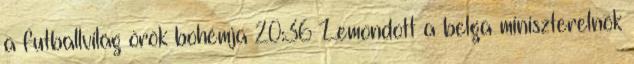
a futballvilág örök bohémja 20:36 Lemondott a belga miniszterelnök